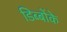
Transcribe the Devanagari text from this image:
डिब्बोंके